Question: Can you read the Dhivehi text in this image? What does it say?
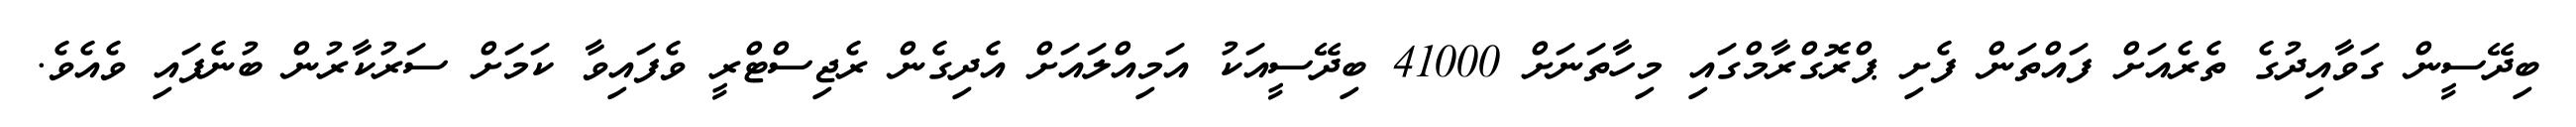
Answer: ބިދޭސީން ގަވާއިދުގެ ތެރެއަށް ފައްތަން ފެށި ޕްރޮގްރާމްގައި މިހާތަނަށް 41000 ބިދޭސީއަކު އަމިއްލައަށް އެދިގެން ރެޖިސްޓްރީ ވެފައިވާ ކަމަށް ސަރުކާރުން ބުނެފައި ވެއެވެ.